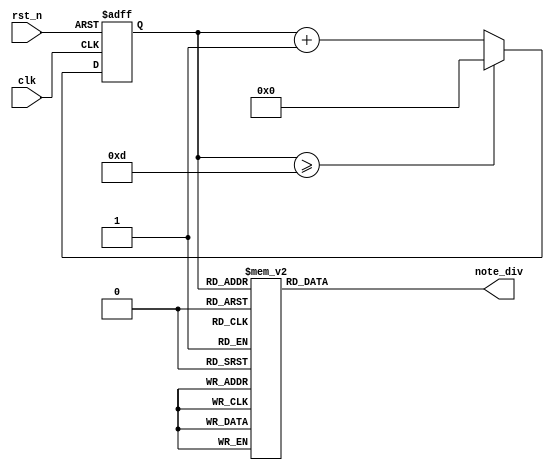
`timescale 1ns / 1ps
//////////////////////////////////////////////////////////////////////////////////
// Company: 
// Engineer: 
// 
// Design Name: 
// Module Name: freq_ctl
// Project Name: 
// Target Devices: 
// Tool Versions: 
// Description: 
// 
// Dependencies: 
// 
// Revision:
// Revision 0.01 - File Created
// Additional Comments:
// 
//////////////////////////////////////////////////////////////////////////////////


module freq_ctl(
    input clk,
    input rst_n,
    output reg [21:0]note_div  // freq divisor
    );
    reg [3:0]counter;    // ounter 0~13(14freq)
    reg [3:0]counter_next;
    
    always @ (negedge clk or negedge rst_n)
        if (~rst_n) counter <= 4'd0;
        else counter <= counter_next;
        
    always @*   // counting...
        if (counter >= 4'd13) counter_next = 4'd0;
        else counter_next = counter + 4'd1;
        
    always @*
        case (counter)  // output divisor 
            4'd0: note_div = 22'd191571;  // Do
            4'd1: note_div = 22'd170648;  // Re
            4'd2: note_div = 22'd151515;  // Mi
            4'd3: note_div = 22'd143266;  // Fa
            4'd4: note_div = 22'd127551;  // So
            4'd5: note_div = 22'd113636;  // La
            4'd6: note_div = 22'd101215;  // Si
            4'd7: note_div = 22'd95420;   // high Do
            4'd8: note_div = 22'd85034;   // high Re
            4'd9: note_div = 22'd75758;   // high Mi
            4'd10: note_div = 22'd71633;  // high Fa
            4'd11: note_div = 22'd63776;  // high So
            4'd12: note_div = 22'd56818;  // high La
            4'd13: note_div = 22'd50607;  // high Si
            default: note_div = 22'd1;
        endcase
        
endmodule